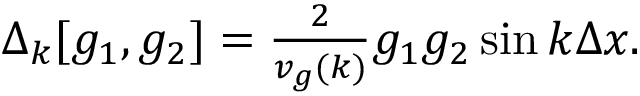
\begin{array} { r } { \Delta _ { k } [ g _ { 1 } , g _ { 2 } ] = \frac { 2 } { v _ { g } ( k ) } g _ { 1 } g _ { 2 } \sin { k \Delta x } . } \end{array}